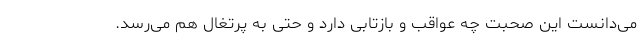
می‌دانست این صحبت چه عواقب و بازتابی دارد و حتی به پرتغال هم می‌رسد.